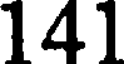
141